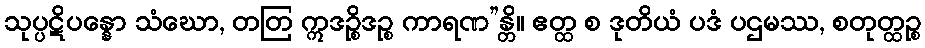
သုပ္ပဋိပန္နော သံဃော, တတြ ဣဒဉ္စိဒဉ္စ ကာရဏ”န္တိ။ ဧတ္ထ စ ဒုတိယံ ပဒံ ပဌမဿ, စတုတ္ထဉ္စ